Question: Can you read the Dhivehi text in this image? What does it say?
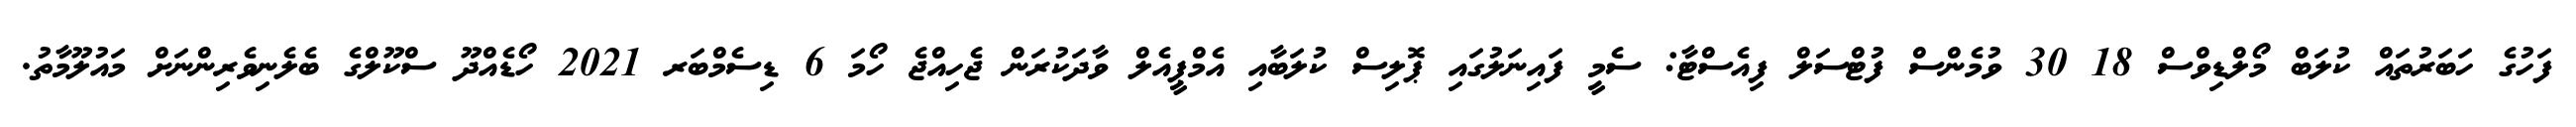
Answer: ފަހުގެ ހަބަރުތައް ކުލަބް މޯލްޑިވްސް 18 30 ވުމެންސް ފުޓްސަލް ފިއެސްޓާ: ސެމީ ފައިނަލުގައި ޕޮލިސް ކުލަބާއި އެމްޕީއެލް ވާދަކުރަން ޖެހިއްޖެ ހޯމަ 6 ޑިސެމްބަރ 2021 ހޯޑެއްދޫ ސްކޫލްގެ ބެލެނިވެރިންނަށް މައުލޫމާތު.